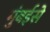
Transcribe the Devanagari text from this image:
मुंबईसे